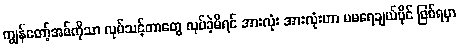
ကျွန်တော့်အစ်ကိုသာ လုပ်သင့်တာတွေ လုပ်ခဲ့မိရင် အားလုံး အားလုံးဟာ မမရေချယ်ပိုင် ဖြစ်ရမှာ